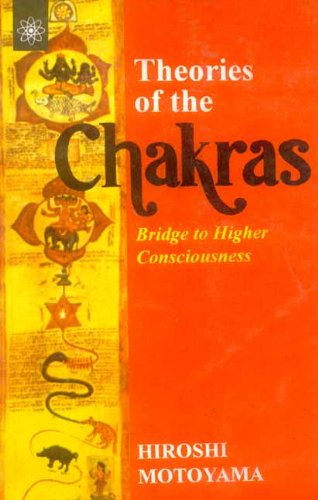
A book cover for Theories of the Chakras : Bridge to Higher Consciousness; Hiroshi Motoyama; Religion & Spirituality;